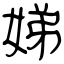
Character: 娣